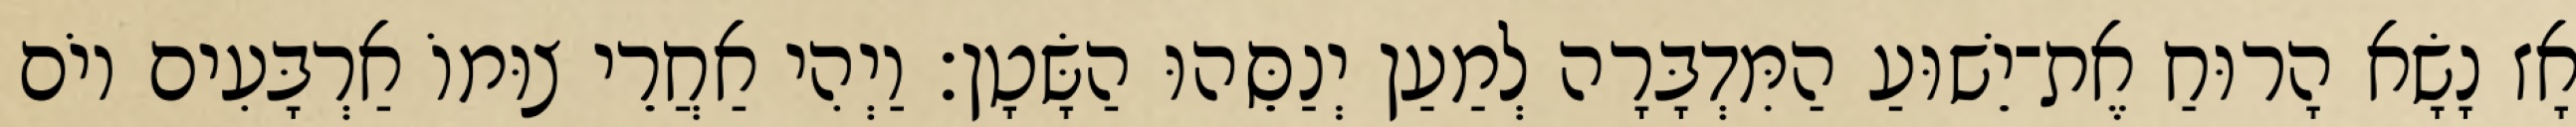
אָז נָשָׂא הָרוּחַ אֶת־יֵשׁוּעַ הַמִּדְבָּרָה לְמַעַן יְנַסֵּהוּ הַשָּׂטָן׃ וַיְהִי אַחֲרֵי צוּמוֹ אַרְבָּעִים יוֹם